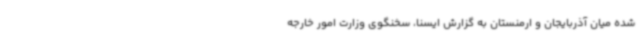
شده میان آذربایجان و ارمنستان به گزارش ایسنا، سخنگوی وزارت امور خارجه